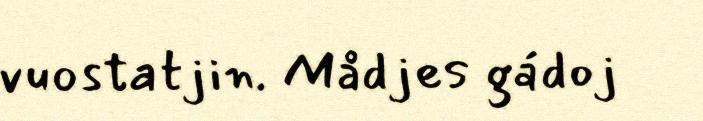
vuostatjin. Mådjes gádoj